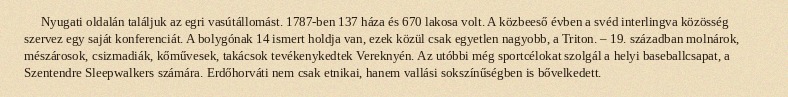
Nyugati oldalán találjuk az egri vasútállomást. 1787-ben 137 háza és 670 lakosa volt. A közbeeső évben a svéd interlingva közösség szervez egy saját konferenciát. A bolygónak 14 ismert holdja van, ezek közül csak egyetlen nagyobb, a Triton. – 19. században molnárok, mészárosok, csizmadiák, kőművesek, takácsok tevékenykedtek Vereknyén. Az utóbbi még sportcélokat szolgál a helyi baseballcsapat, a Szentendre Sleepwalkers számára. Erdőhorváti nem csak etnikai, hanem vallási sokszínűségben is bővelkedett.